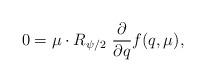
LaTeX: \begin{align*} 0 = \mu\cdot R_{\psi/2}\ {\partial\over {\partial q}}f(q,\mu),\end{align*}